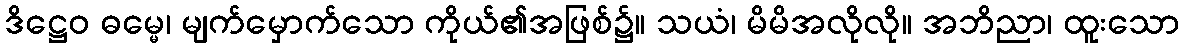
ဒိဋ္ဌေဝ ဓမ္မေ၊ မျက်မှောက်သော ကိုယ်၏အဖြစ်၌။ သယံ၊ မိမိအလိုလို။ အဘိညာ၊ ထူးသော